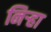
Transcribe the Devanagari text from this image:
निर्‍हा